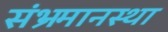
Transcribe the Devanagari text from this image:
संभ्रमानस्था